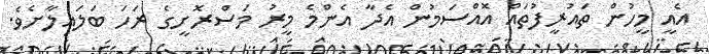
އެއީ މީހުން ތައުރީފުތައް އޮއްސަމުން އެދާ އެންމެ މީރު މަސްރޮށީގެ ރަހަ ބަލައިލާށެވެ.